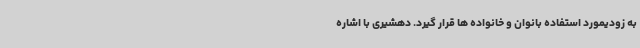
به زودیمورد استفاده بانوان و خانواده ها قرار گیرد. دهشیری با اشاره